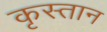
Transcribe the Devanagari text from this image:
कृस्तान